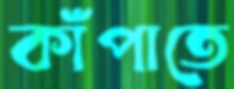
কাঁপাতে